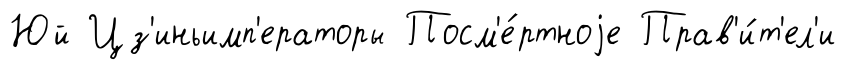
Юй Цз'иньимп'ераторы Посм'е́ртноjе Прав'и́т'ел'и